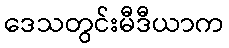
ဒေသတွင်းမီဒီယာက